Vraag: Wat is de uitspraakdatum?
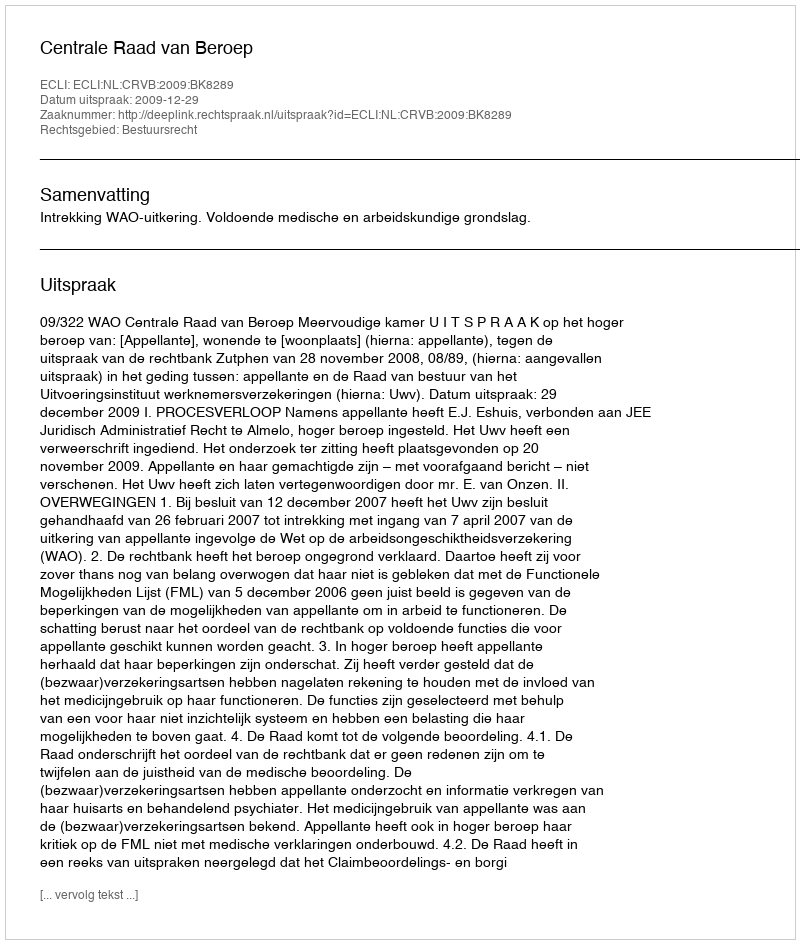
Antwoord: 2009-12-29